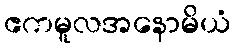
ဧကမူလအနောမိယံ